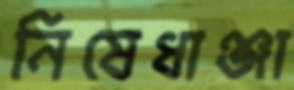
নিষেধাঞ্জা